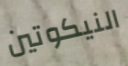
النيكوتين